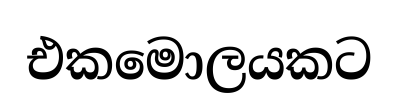
එකමොලයකට